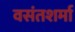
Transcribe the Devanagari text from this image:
वसंतशर्मा